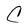
Character: C